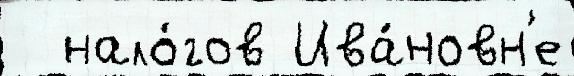
  нало́гов Ива́новн'е